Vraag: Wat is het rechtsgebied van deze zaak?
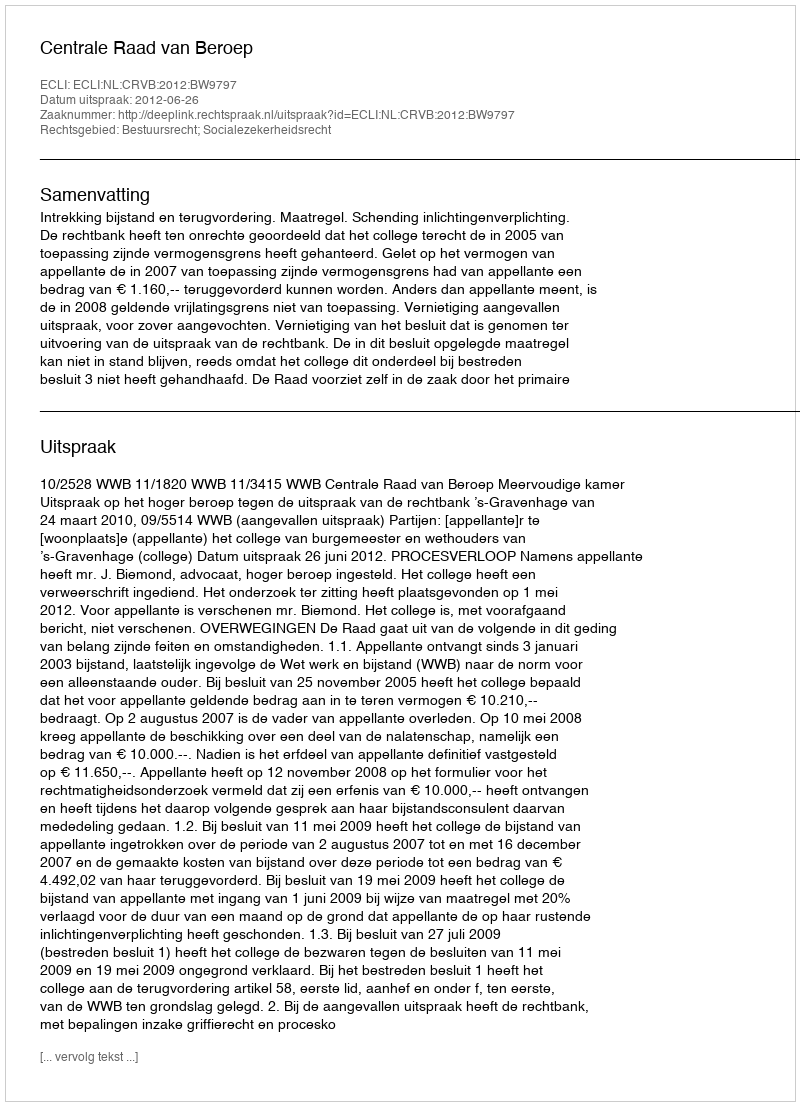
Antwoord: Bestuursrecht; Socialezekerheidsrecht